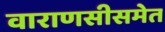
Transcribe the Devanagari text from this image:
वाराणसीसमेत